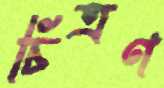
চিত্রণ